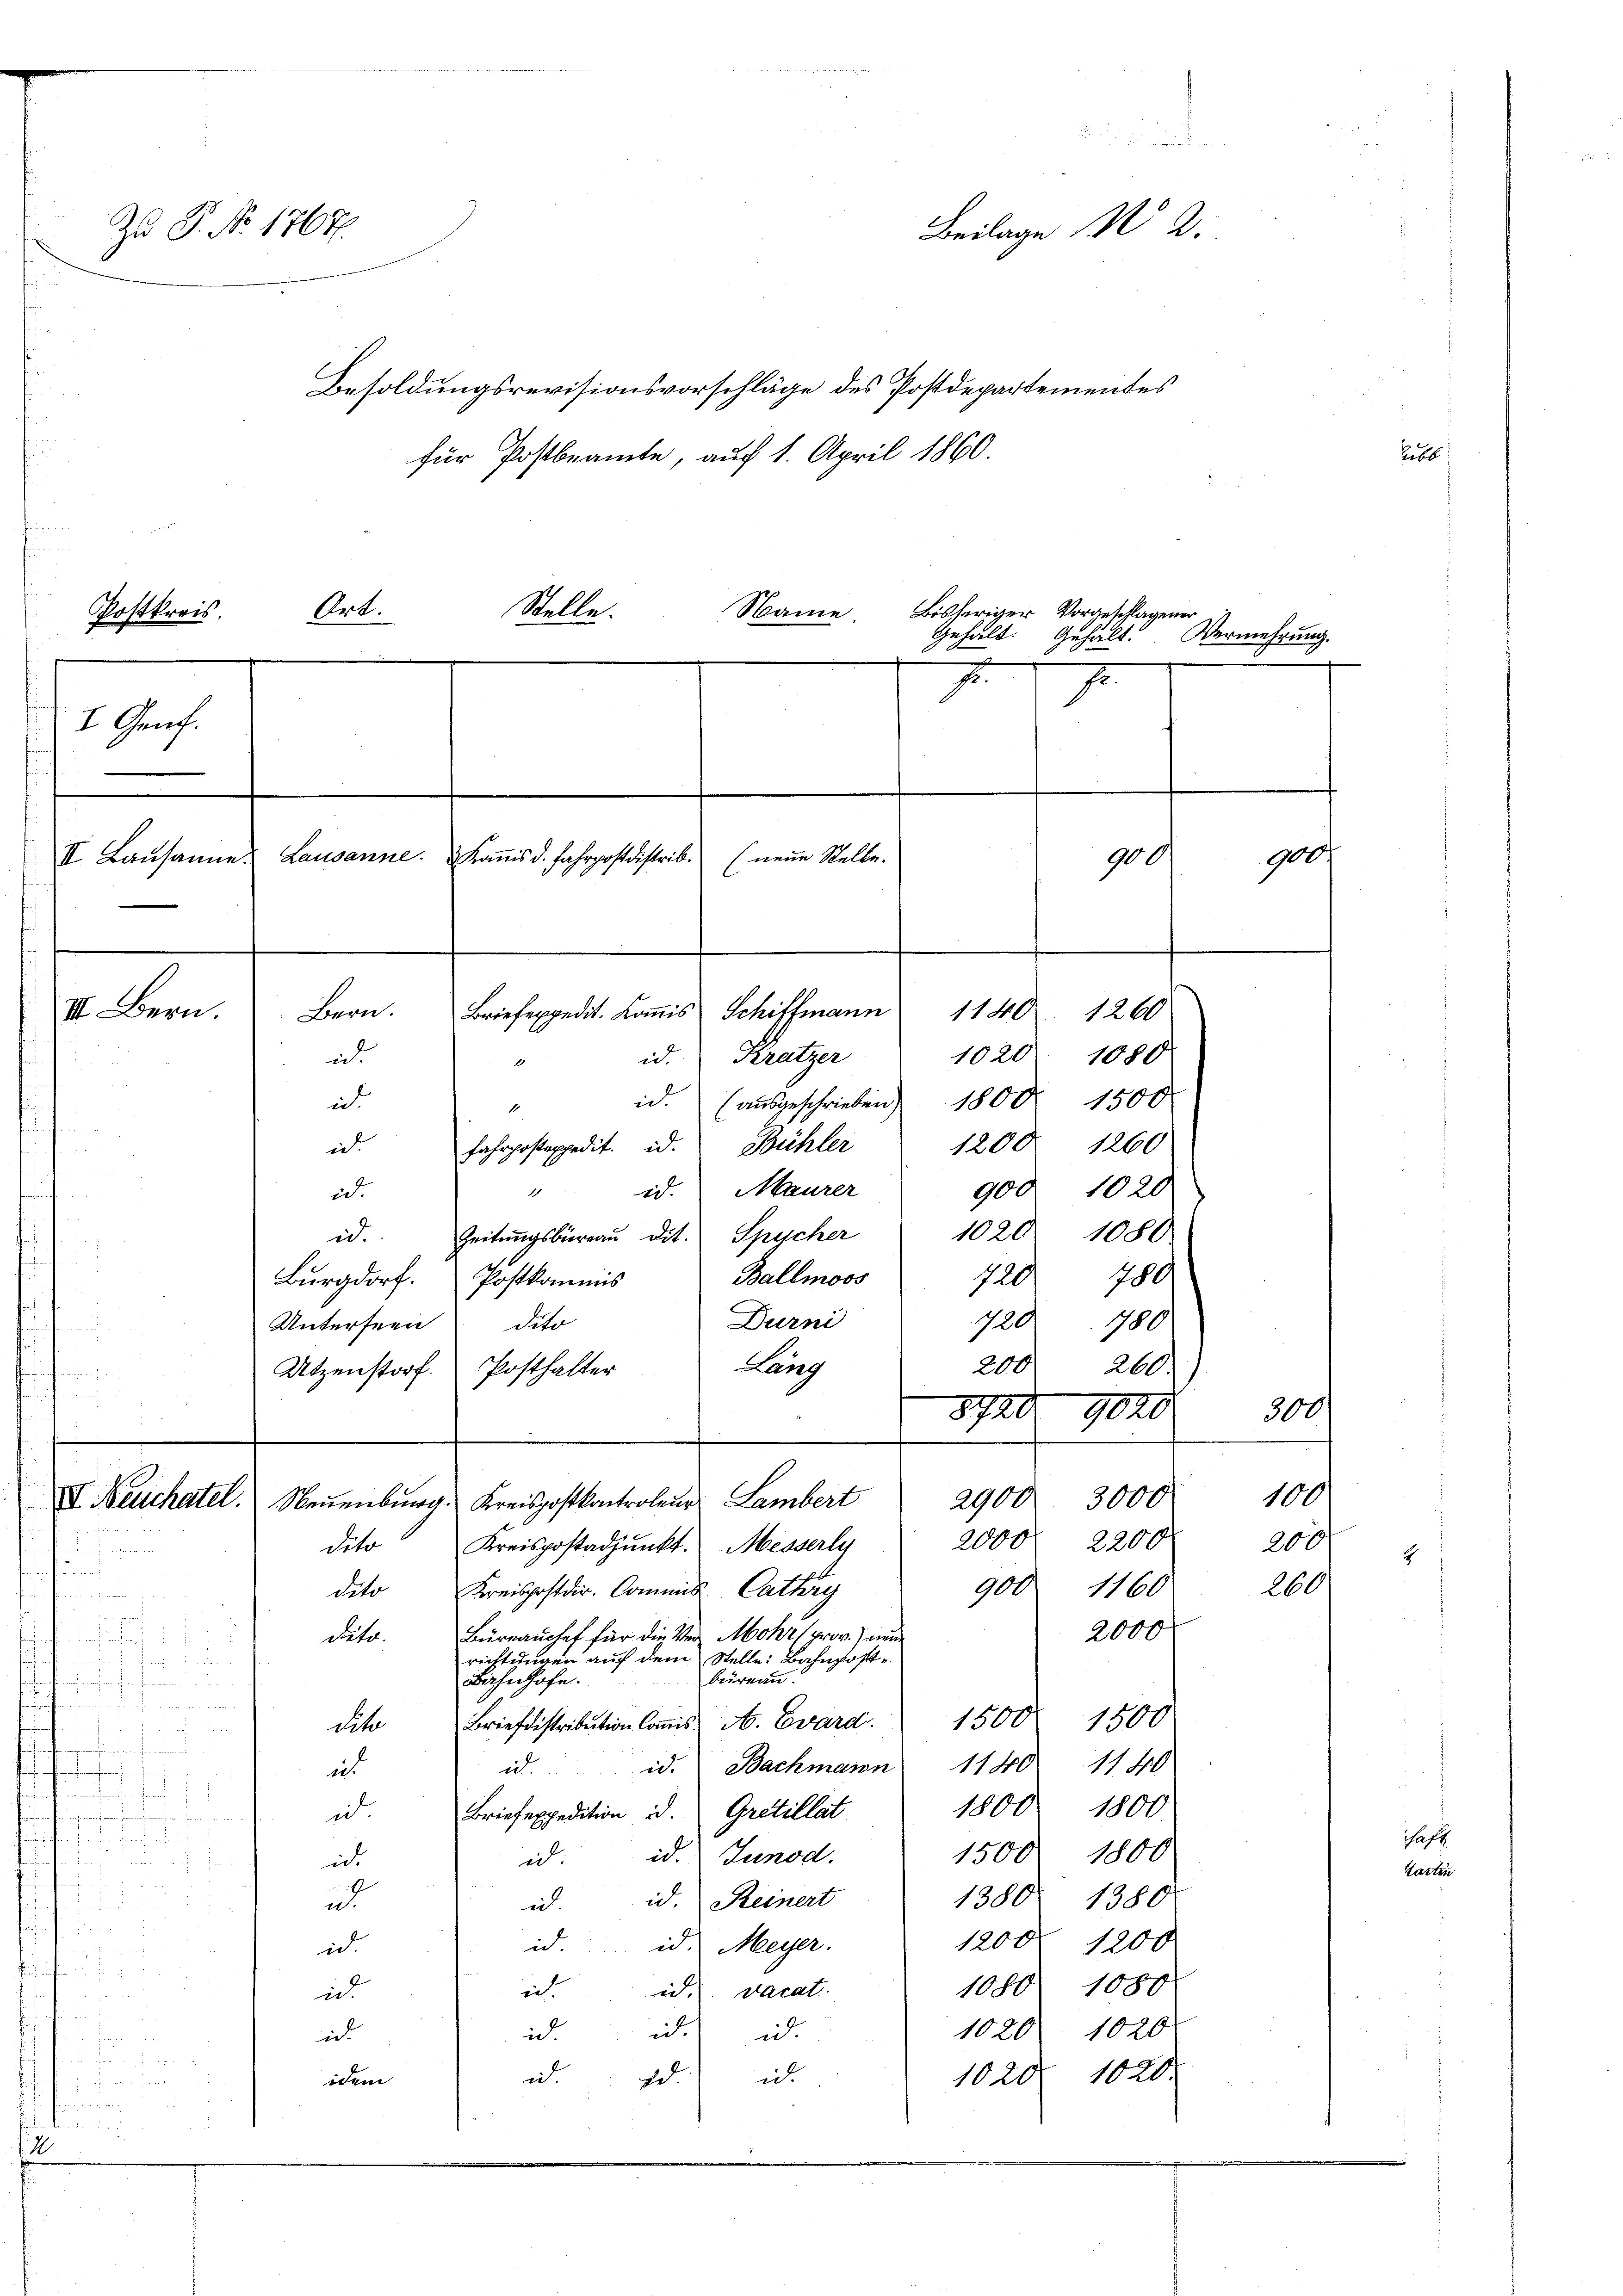
Zu P. No 1767.
Besoldungsrevisionsvorschläge des Postdepartementes
für Postbeamte, auf 1. April 1860.
Ort.
Postkreis
I Genf.
II. Baŭsane Lausanne. Koṁisd. Fahrpostdistrib. (neue Stelle.
III. Bern.
Briefexpedit. Koṁis Schiffmann 1140. 1260
Bern.
id. Kratzer
i
1
i.

1020. 1080
id. (ausgeschrieben 1800 1500
1
1208. 1260
fahrposteppedit. d. Bühler
ic
id. Maurer
900. 1020
1
id.
1020. 1080.
id. Zeitungsbüreau dit. Spycher
Ballmoos
720780
Burgdorf Postkommis
Durni
dito
Unterseen
720780
200
260.
Lang
Utzenstorf. Posthalter
8740 9020
2900. 3000
IV. Neuchatel. Neuenburg. Kreispostkontroleur Lambert
2000 f 2200
dito Kreispostadjunkt. Messerly

nferen
900. 1160
deto
Kreispostdir. Commis Catherg

srathe der
2000
Büreauschef für die Ver Mohr prov.) neue
dito.

rechtungen auf dem Stelle: Bahnpost¬
 f 7 x 2 x
bureau.
Bahnhofe.
 ich einer an ihnenden

Brieflistribution Cons A. Evara 1500 1500
dite

e
1140. 1140
id. Bachmann
id.
ind
eihnach un
e fern
1800. 1800
Briefexpedition d. Gretillat
i

 oft und anden
1500. 1800
id. Junod.
in.
ic
 he
 188
E
1380. 1380
id. Reinert
u
i.
1200. 1200.
id. d. Meyer.
ich.
 B e

1080 1080
in.
id. vacat.
id
155. 342
In je
1020. 1020.
ich.
id. d.
ich
o

1020 1020
i
i
de
idem
f

5

Stelle.
Name

Bisheriger Vorgeschlagener
Gehalt. Gehalt.
7

a
Beilage No 2.

7

900

Vermehrung

300
100
200
260

900

Lebt

2

chaft
Kartin